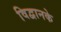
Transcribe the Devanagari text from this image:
विद्वानके